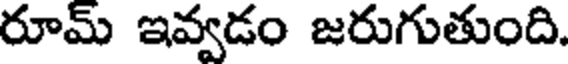
రూమ్ ఇవ్వడం జరుగుతుంది.